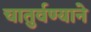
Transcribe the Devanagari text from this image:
चातुर्वण्याने